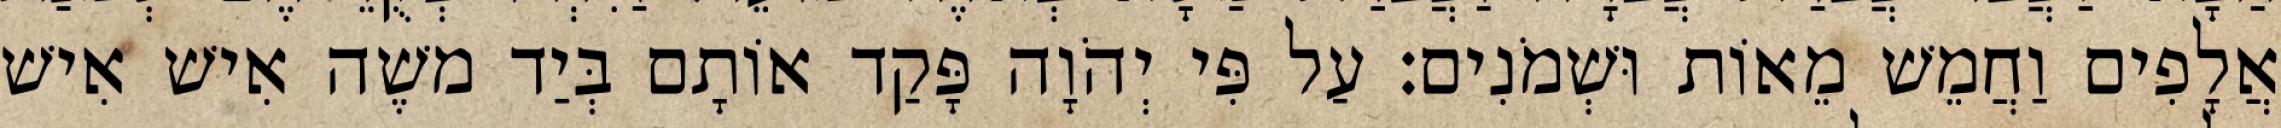
אֲלָפִים וַחֲמֵשׁ מֵאוֹת וּשְׁמֹנִים׃ עַל פִּי יְהֹוָה פָּקַד אוֹתָם בְּיַד משֶׁה אִישׁ אִישׁ